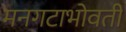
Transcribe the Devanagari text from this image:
मनगटाभोवती